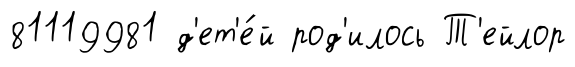
81119981 д'ет'е́й род'илось Т'ейлор